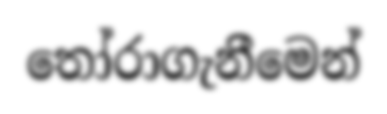
තෝරාගැනීමෙන්